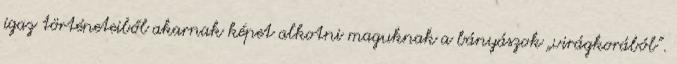
igaz történeteiből akarnak képet alkotni maguknak a bányászok „virágkorából”.